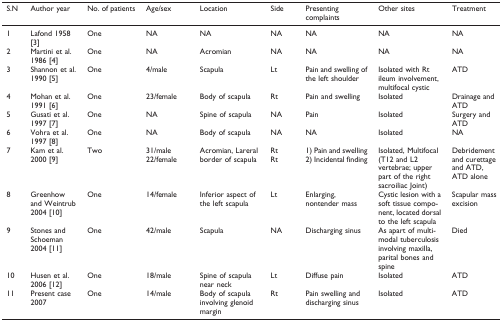
<table><thead><tr><td><b>S.N</b></td><td><b>Author year</b></td><td><b>No. of patients</b></td><td><b>Age/sex</b></td><td><b>Location</b></td><td><b>Side</b></td><td><b>Presenting complaints</b></td><td><b>Other sites</b></td><td><b>Treatment</b></td></tr></thead><tbody><tr><td>1</td><td>Lafond 1958 [3]</td><td>One</td><td>NA</td><td>NA</td><td>NA</td><td>NA</td><td>NA</td><td>NA</td></tr><tr><td>2</td><td>Martini et al. 1986 [4]</td><td>One</td><td>NA</td><td>Acromian</td><td>NA</td><td>NA</td><td>NA</td><td>NA</td></tr><tr><td>3</td><td>Shannon et al. 1990 [5]</td><td>One</td><td>4/male</td><td>Scapula</td><td>Lt</td><td>Pain and swelling of the left shoulder</td><td>Isolated with Rt ileum involvement, multifocal cystic</td><td>ATD</td></tr><tr><td>4</td><td>Mohan et al. 1991 [6]</td><td>One</td><td>23/female</td><td>Body of scapula</td><td>Rt</td><td>Pain and swelling</td><td>Isolated</td><td>Drainage and ATD</td></tr><tr><td>5</td><td>Gusati et al. 1997 [7]</td><td>One</td><td>NA</td><td>Spine of scapula</td><td>NA</td><td>Pain</td><td>Isolated</td><td>Surgery and ATD</td></tr><tr><td>6</td><td>Vohra et al. 1997 [8]</td><td>One</td><td>NA</td><td>Body of scapula</td><td>NA</td><td>NA</td><td>Isolated</td><td>NA</td></tr><tr><td>7</td><td>Kam et al. 2000 [9]</td><td>Two</td><td>31/male 22/female</td><td>Acromian, Lareral border of scapula</td><td>Rt Rt</td><td>1) Pain and swelling 2) Incidental finding</td><td>Isolated, Multifocal (T12 and L2 vertebrae; upper part of the right sacroiliac Joint)</td><td>Debridement and curettage and ATD, ATD alone</td></tr><tr><td>8</td><td>Greenhow and Weintrub 2004 [10]</td><td>One</td><td>14/female</td><td>Inferior aspect of the left scapula</td><td>Lt</td><td>Enlarging, nontender mass</td><td>Cystic lesion with a soft tissue component, located dorsal to the left scapula</td><td>Scapular mass excision</td></tr><tr><td>9</td><td>Stones and Schoeman 2004 [11]</td><td>One</td><td>42/male</td><td>Scapula</td><td>NA</td><td>Discharging sinus</td><td>As apart of multimodal tuberculosis involving maxilla, parital bones and spine</td><td>Died</td></tr><tr><td>10</td><td>Husen et al. 2006 [12]</td><td>One</td><td>18/male</td><td>Spine of scapula near neck</td><td>Lt</td><td>Diffuse pain</td><td>Isolated</td><td>ATD</td></tr><tr><td>11</td><td>Present case 2007</td><td>One</td><td>14/male</td><td>Body of scapula involving glenoid margin</td><td>Rt</td><td>Pain swelling and discharging sinus</td><td>Isolated</td><td>ATD</td></tr></tbody></table>